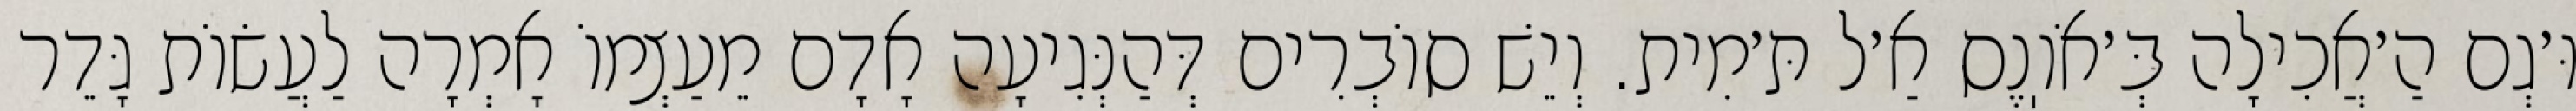
וּ׳גְם הַ׳אֲכִילָה בְּ׳אֹוֽנֶס אַ׳ל תּ׳מִית. וְיֵשׁ סוֹבְרִים דְּהַנְּגִיעָה אָדָם מֵעַצְמוֹ אָמְרָה לַעֲשׂוֹת גָּדֵר